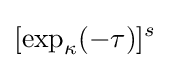
[\exp _{\kappa }(-\tau )]^{s}